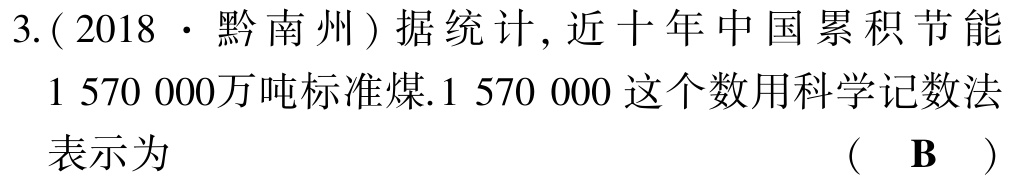
3.( 2018 · 黔南州 ) 据统计, 近十年中国累积节能$1\ 570\ 000$万吨标准煤.$1\ 570\ 000$这个数用科学记数法表示为 （ B ）